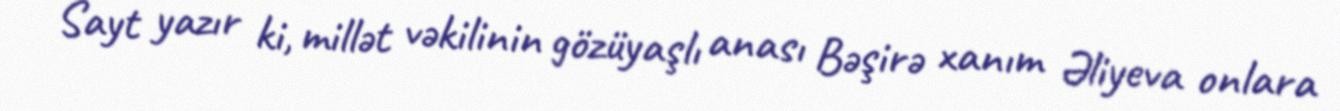
Sayt yazır ki, millət vəkilinin gözüyaşlı anası Bəşirə xanım Əliyeva onlara